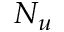
N _ { u }